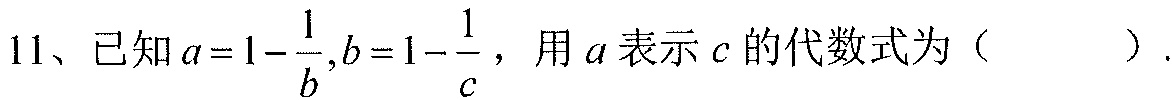
11、已知$a = 1-\dfrac{1}{b},b = 1-\dfrac{1}{c}$，用$a$表示$c$的代数式为（  ）.